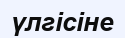
үлгісіне